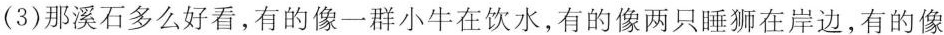
(3)那溪石多么好看，有的像一群小牛在饮水，有的像